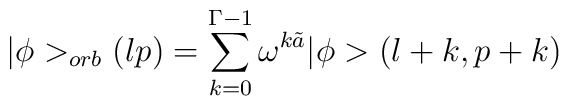
\vert \phi >_{orb}(lp) =\sum_{k=0}^{\Gamma-1} \omega^{k\tilde a}\vert \phi > (l+k,p+k)